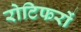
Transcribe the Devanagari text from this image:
रोटिफरों